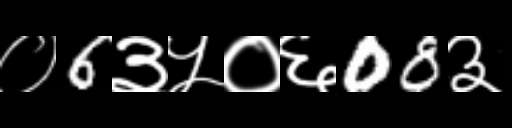
Text: ०6३५०६08३